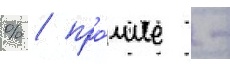
% / про́чие -